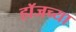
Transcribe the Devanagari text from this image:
हॉजच्या